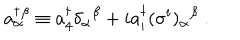
a _ { \alpha } ^ { \dagger } \! ^ { \beta } \equiv a _ { 4 } ^ { \dagger } \delta _ { \alpha } { } ^ { \beta } + i a _ { i } ^ { \dagger } ( \sigma ^ { i } ) _ { \alpha } { } ^ { \beta } \ .